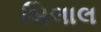
બિલાલ